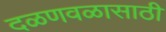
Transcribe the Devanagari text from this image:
दळणवळासाठी